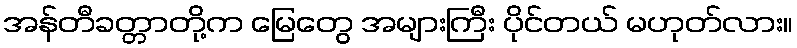
အန်တီခတ္တာတို့က မြေတွေ အများကြီး ပိုင်တယ် မဟုတ်လား။